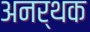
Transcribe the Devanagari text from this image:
अनर्थक